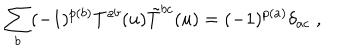
\sum _ { b } ( - 1 ) ^ { p ( b ) } T ^ { a b } ( u ) \tilde { T } ^ { b c } ( u ) = ( - 1 ) ^ { p ( a ) } \delta _ { a c } \; ,